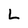
Character: L